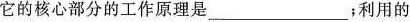
它的核心部分的工作原理是___；